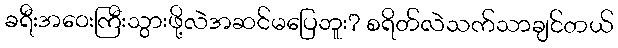
ခရီးအဝေးကြီးသွားဖို့လဲအဆင်မပြေဘူး? စရိတ်လဲသက်သာချင်တယ်